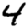
Digit: 4